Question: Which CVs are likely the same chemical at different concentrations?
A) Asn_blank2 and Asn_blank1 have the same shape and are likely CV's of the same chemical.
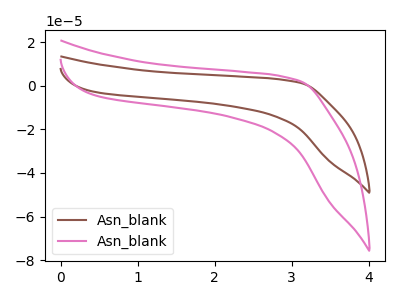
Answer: <think>The brown curve "Asn_blank1" has no peaks. The pink curve "Asn_blank2" has no peaks.
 Neither "Asn_blank1" or "Asn_blank2" have any peaks.</think>
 <answer>A) "Asn_blank2" and "Asn_blank1" have the same shape and are likely CV's of the same chemical.</answer>
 <eval>A</eval>